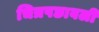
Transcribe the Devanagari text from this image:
चित्रपछावली